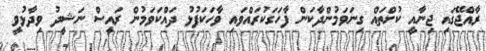
ރާއްޖޭގައި ޖިނާއީ ކުށްތައް ގިނަވަމުންދާކަން ފާހަގަކުރައްވައި ވާހަކަފުޅު ދައްކަވަމުން ރައީސް ނަޝީދު ވިދާޅުވީ